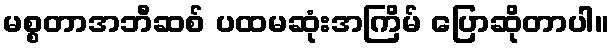
မစ္စတာအဘီဆစ် ပထမဆုံးအကြိမ် ပြောဆိုတာပါ။